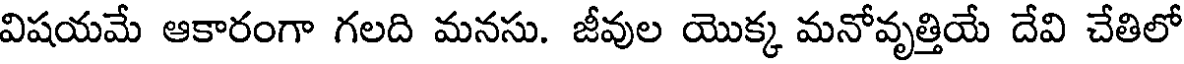
విషయమే ఆకారంగా గలది మనసు. జీవుల యొక్క మనోవృత్తియే దేవి చేతిలో